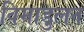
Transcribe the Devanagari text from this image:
विमाडुलन